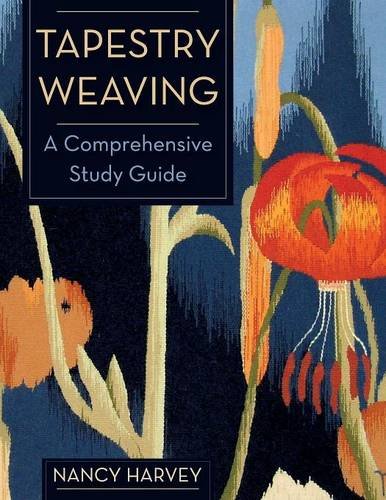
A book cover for Tapestry Weaving: A Comprehensive Study Guide; Nancy Harvey; Crafts, Hobbies & Home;